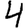
Digit: 4